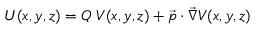
U ( x , y , z ) = Q \ V ( x , y , z ) + \vec { p } \cdot \vec { \nabla } V ( x , y , z )